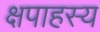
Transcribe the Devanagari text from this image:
क्षपाहस्य